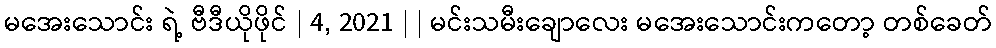
မအေးသောင်း ရဲ့ ဗီဒီယိုဖိုင် | 4, 2021 | | မင်းသမီးချောလေး မအေးသောင်းကတော့ တစ်ခေတ်